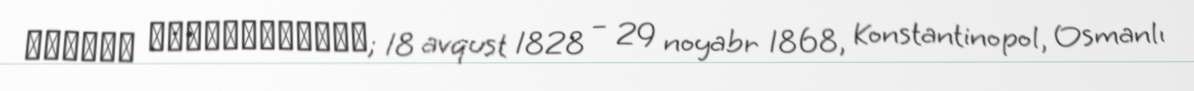
Մկրտիչ Պէշիկթաշլեան; 18 avqust 1828 – 29 noyabr 1868, Konstantinopol, Osmanlı